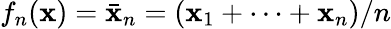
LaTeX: f_{n}(\mathbf{x})={\bar{{\mathbf{x}}}}_{n}=(\mathbf{x}_{1}+\cdots+\mathbf{x}_{n})/n